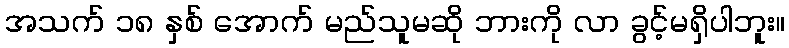
အသက် ၁၈ နှစ် အောက် မည်သူမဆို ဘားကို လာ ခွင့်မရှိပါဘူး။